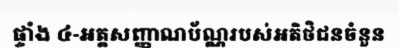
ផ្ទាំង ៤-អត្តសញ្ញាណប័ណ្ណរបស់អតិថិជនចំនួន